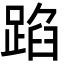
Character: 𮛫